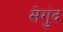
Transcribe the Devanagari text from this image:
सेगुंद